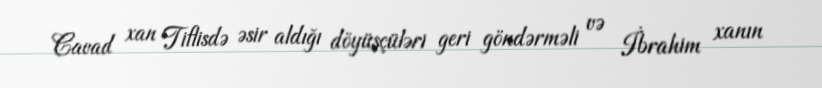
Cavad xan Tiflisdə əsir aldığı döyüşçüləri geri göndərməli və İbrahim xanın